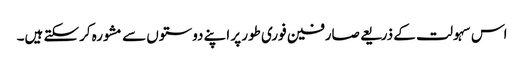
اس سہولت کے ذریعے صارفین فوری طور پر اپنے دوستوں سے مشورہ کرسکتے ہیں۔